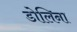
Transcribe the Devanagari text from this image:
डोलिना